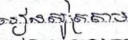
រៀនសូត្រតាម